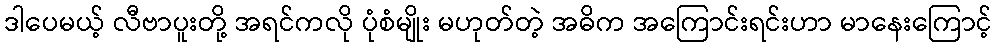
ဒါပေမယ့် လီဗာပူးတို့ အရင်ကလို ပုံစံမျိုး မဟုတ်တဲ့ အဓိက အကြောင်းရင်းဟာ မာနေးကြောင့်